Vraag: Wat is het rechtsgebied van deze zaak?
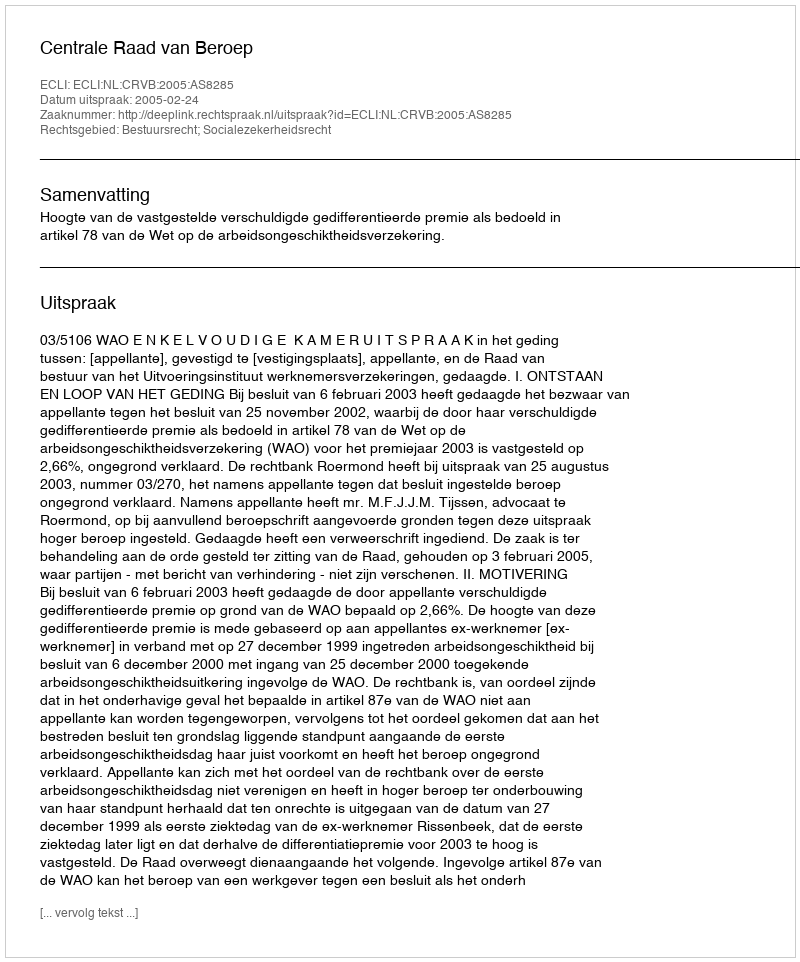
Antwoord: Bestuursrecht; Socialezekerheidsrecht